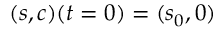
( s , c ) ( t = 0 ) = ( s _ { 0 } , 0 )